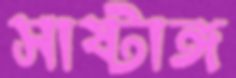
সাষ্টাঙ্গ